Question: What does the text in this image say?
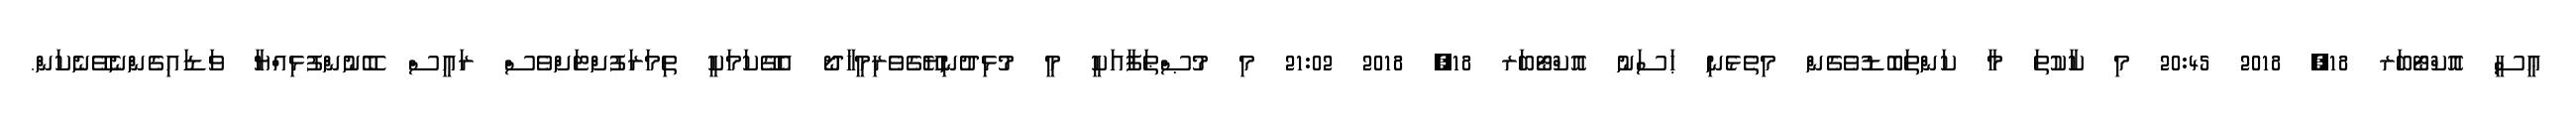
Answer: ޢީސީ އޮކްޓޯބަރ 18, 2018 20:45 މި ކާކުތަ މާ ކަންތަބޮޑުވެގެން މިތެޅެނި ޙަސަނު އޮކްޓޯބަރ 18, 2018 21:02 މި މުޞްޠަފާއަކީ މީ މުޅިދުނިޔޭގެވެރިމީހާދޯ އެގޭކަމަކީ ތިމަރަފުށްޓަށްވެސް ރައީސް ބޭނުންފުޅިއްޔާ ވަޑައިގެންނެވޭނެކަން.